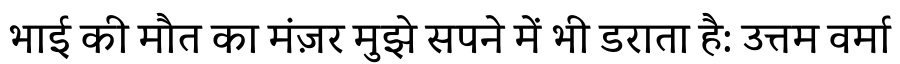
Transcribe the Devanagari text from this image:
भाई की मौत का मंज़र मुझे सपने में भी डराता है: उत्तम वर्मा